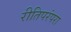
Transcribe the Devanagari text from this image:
रीतिपरंपरा